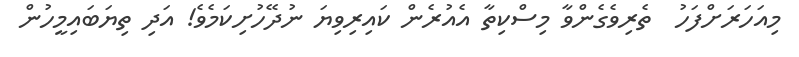
މިއަހަރަށްފަހު  ތެރިވެގެންވާ މިސްކިތާ އެއުރެން ކައިރިވިޔަ ނުދޭހުށިކަމެވެ! އަދި ތިޔަބައިމީހުން